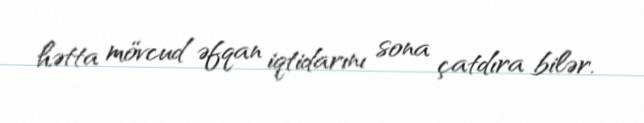
hətta mövcud əfqan iqtidarını sona çatdıra bilər.